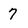
Character: 7